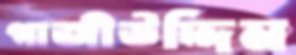
গাজীউদ্দিন